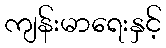
ကျန်းမာရေးနှင့်